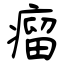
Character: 瘤